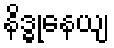
နိဒ္ဓုနေယျ